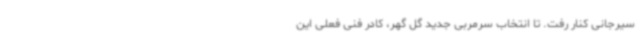
سیرجانی کنار رفت. تا انتخاب سرمربی جدید گل گهر، کادر فنی فعلی این